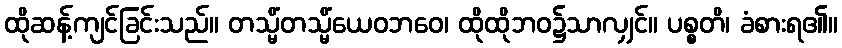
ထိုဆန့်ကျင်ခြင်းသည်။ တသ္မိံတသ္မိံယေဝဘဝေ၊ ထိုထိုဘဝ၌သာလျှင်။ ပစ္စတိ၊ ခံစားရ၏။